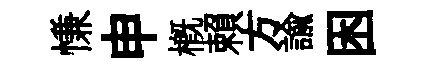
慊申槪賴方諭困